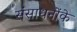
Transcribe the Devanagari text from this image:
संसाधनोंके